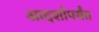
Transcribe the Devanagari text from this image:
आदर्शापर्यंत